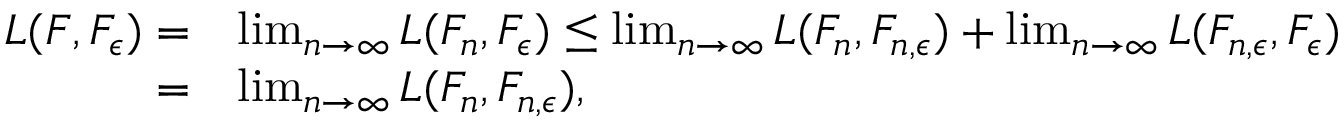
\begin{array} { r l } { L ( F , F _ { \epsilon } ) = } & { \operatorname* { l i m } _ { n \to \infty } L ( F _ { n } , F _ { \epsilon } ) \leq \operatorname* { l i m } _ { n \to \infty } L ( F _ { n } , F _ { n , \epsilon } ) + \operatorname* { l i m } _ { n \to \infty } L ( F _ { n , \epsilon } , F _ { \epsilon } ) } \\ { = } & { \operatorname* { l i m } _ { n \to \infty } L ( F _ { n } , F _ { n , \epsilon } ) , } \end{array}